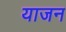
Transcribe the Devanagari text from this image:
याजन